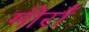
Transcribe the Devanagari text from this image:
मीराँ